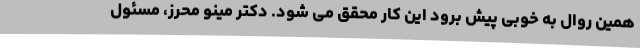
همین روال به خوبی پیش برود این کار محقق می شود. دکتر مینو محرز، مسئول